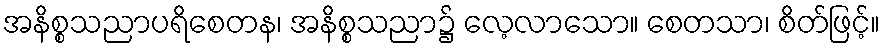
အနိစ္စသညာပရိစေတန၊ အနိစ္စသညာ၌ လေ့လာသော။ စေတသာ၊ စိတ်ဖြင့်။